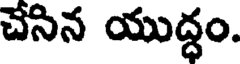
చేసిన యుద్ధం.